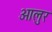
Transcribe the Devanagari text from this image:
आलुर